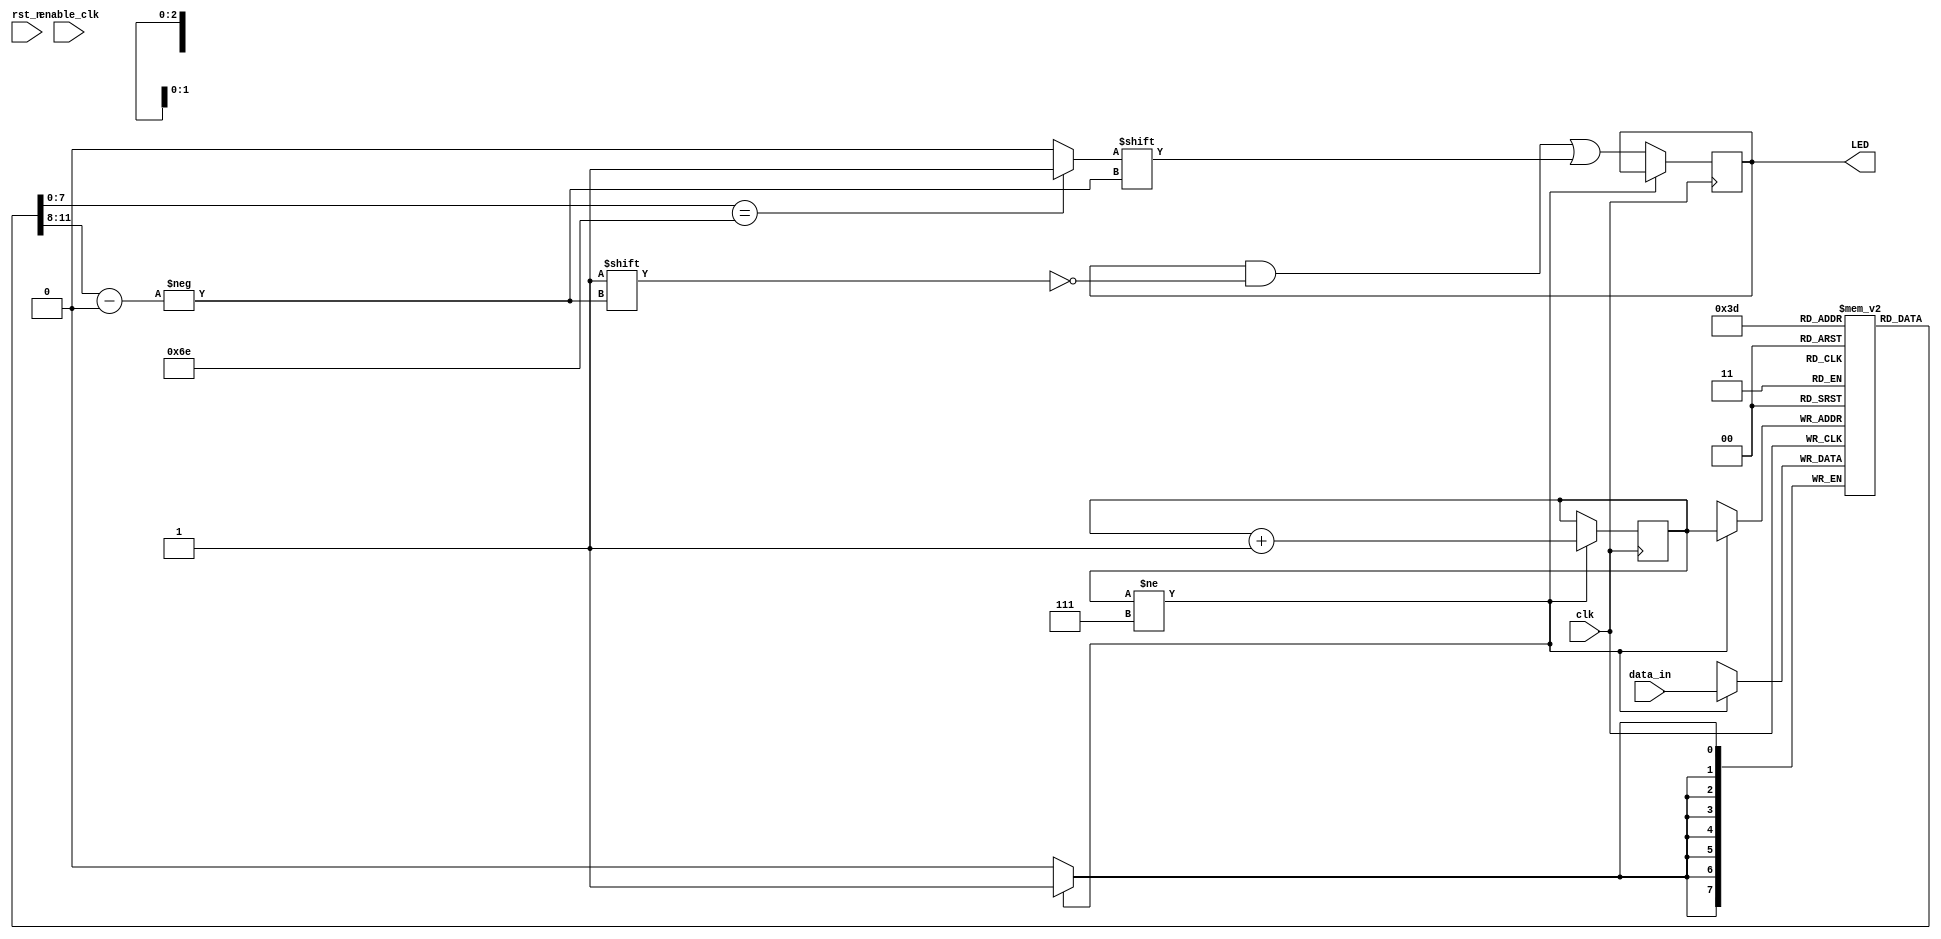
`timescale 1ns / 1ps
//////////////////////////////////////////////////////////////////////////////////
// Company: 
// Engineer: 
// 
// Design Name: 
// Module Name: led_controller
// Project Name: 
// Target Devices: 
// Tool Versions: 
// Description: 
// 
// Dependencies: 
// 
// Revision:
// Revision 0.01 - File Created
// Additional Comments:
// 
//////////////////////////////////////////////////////////////////////////////////


module led_controller(

input            clk,
input            enable_clk,
input            rst_n,
input   [7:0]    data_in,
output reg [9:0] LED

    );

reg [7:0] buffer [7:0];
reg [2:0] pnt = 3'b000;

always @(posedge clk) begin
    if (pnt != 3'b111) begin
        buffer[pnt] <= data_in;
        pnt <= pnt + 1;
    end
    else begin
        LED[buffer[3'b111][3:0]] <= buffer[3'b101] == 8'b01101110 ? 1'b1 : 1'b0;
    end
end

endmodule